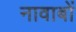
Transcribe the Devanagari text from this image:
नावाबों